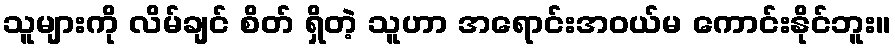
သူများကို လိမ်ချင် စိတ် ရှိတဲ့ သူဟာ အရောင်းအဝယ်မ ကောင်းနိုင်ဘူး။